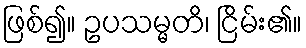
ဖြစ်၍။ ဥပသမ္မတိ၊ ငြိမ်း၏။